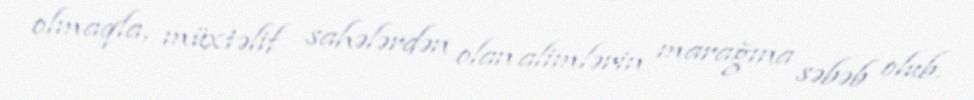
olmaqla, müxtəlif sahələrdən olan alimlərin marağına səbəb olub.